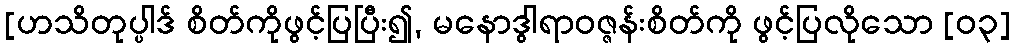
[ဟသိတုပ္ပါဒ် စိတ်ကိုဖွင့်ပြပြီး၍, မနောဒွါရာဝဇ္ဇန်းစိတ်ကို ဖွင့်ပြလိုသော [၀၃]